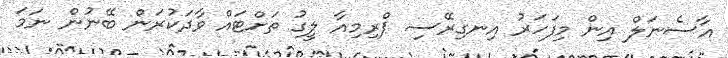
އާސެނަލް އިން މިފަހަރު އިނގިރޭސި ޕްރިމިއާ ލީގު ތަށްޓައް ވާދަކުރަން ބޭނުން ނަމަ